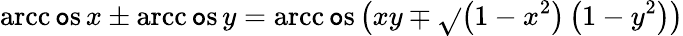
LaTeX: \operatorname{arcc\mathtt{o}s}x\pm\operatorname{arcc\mathtt{o}s}y=\operatorname{arcc\mathtt{o}s}\left(xy\mp{\sqrt{}{{\left(1-x^{2}\right)\left(1-y^{2}\right)}}}\right)